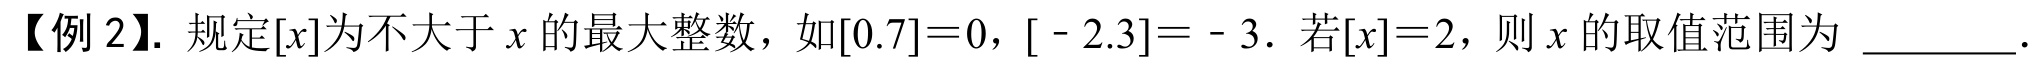
【例2】. 规定\([x]\)为不大于\(x\)的最大整数，如\([0.7]=0\)，\([ - 2.3]= - 3\). 若\([x]=2\)，则\(x\)的取值范围为 \_\_\_\_\_ .